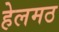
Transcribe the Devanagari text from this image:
हेलमठ